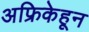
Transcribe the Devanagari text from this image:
अफ्रिकेहून